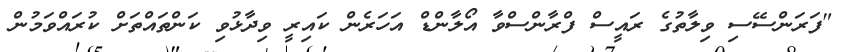
"ފަރަންސޭސި ވިލާތުގެ ރައީސް ފްރާންސްވާ އޯލާންޑް އަހަރެން ކައިރީ ވިދާޅުވި ކަންތައްތަށް ކުރައްވަމުން